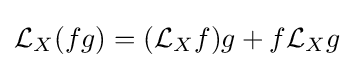
{\mathcal {L}}_{X}(fg)=({\mathcal {L}}_{X}f)g+f{\mathcal {L}}_{X}g